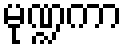
မုဏ္ဍကာ